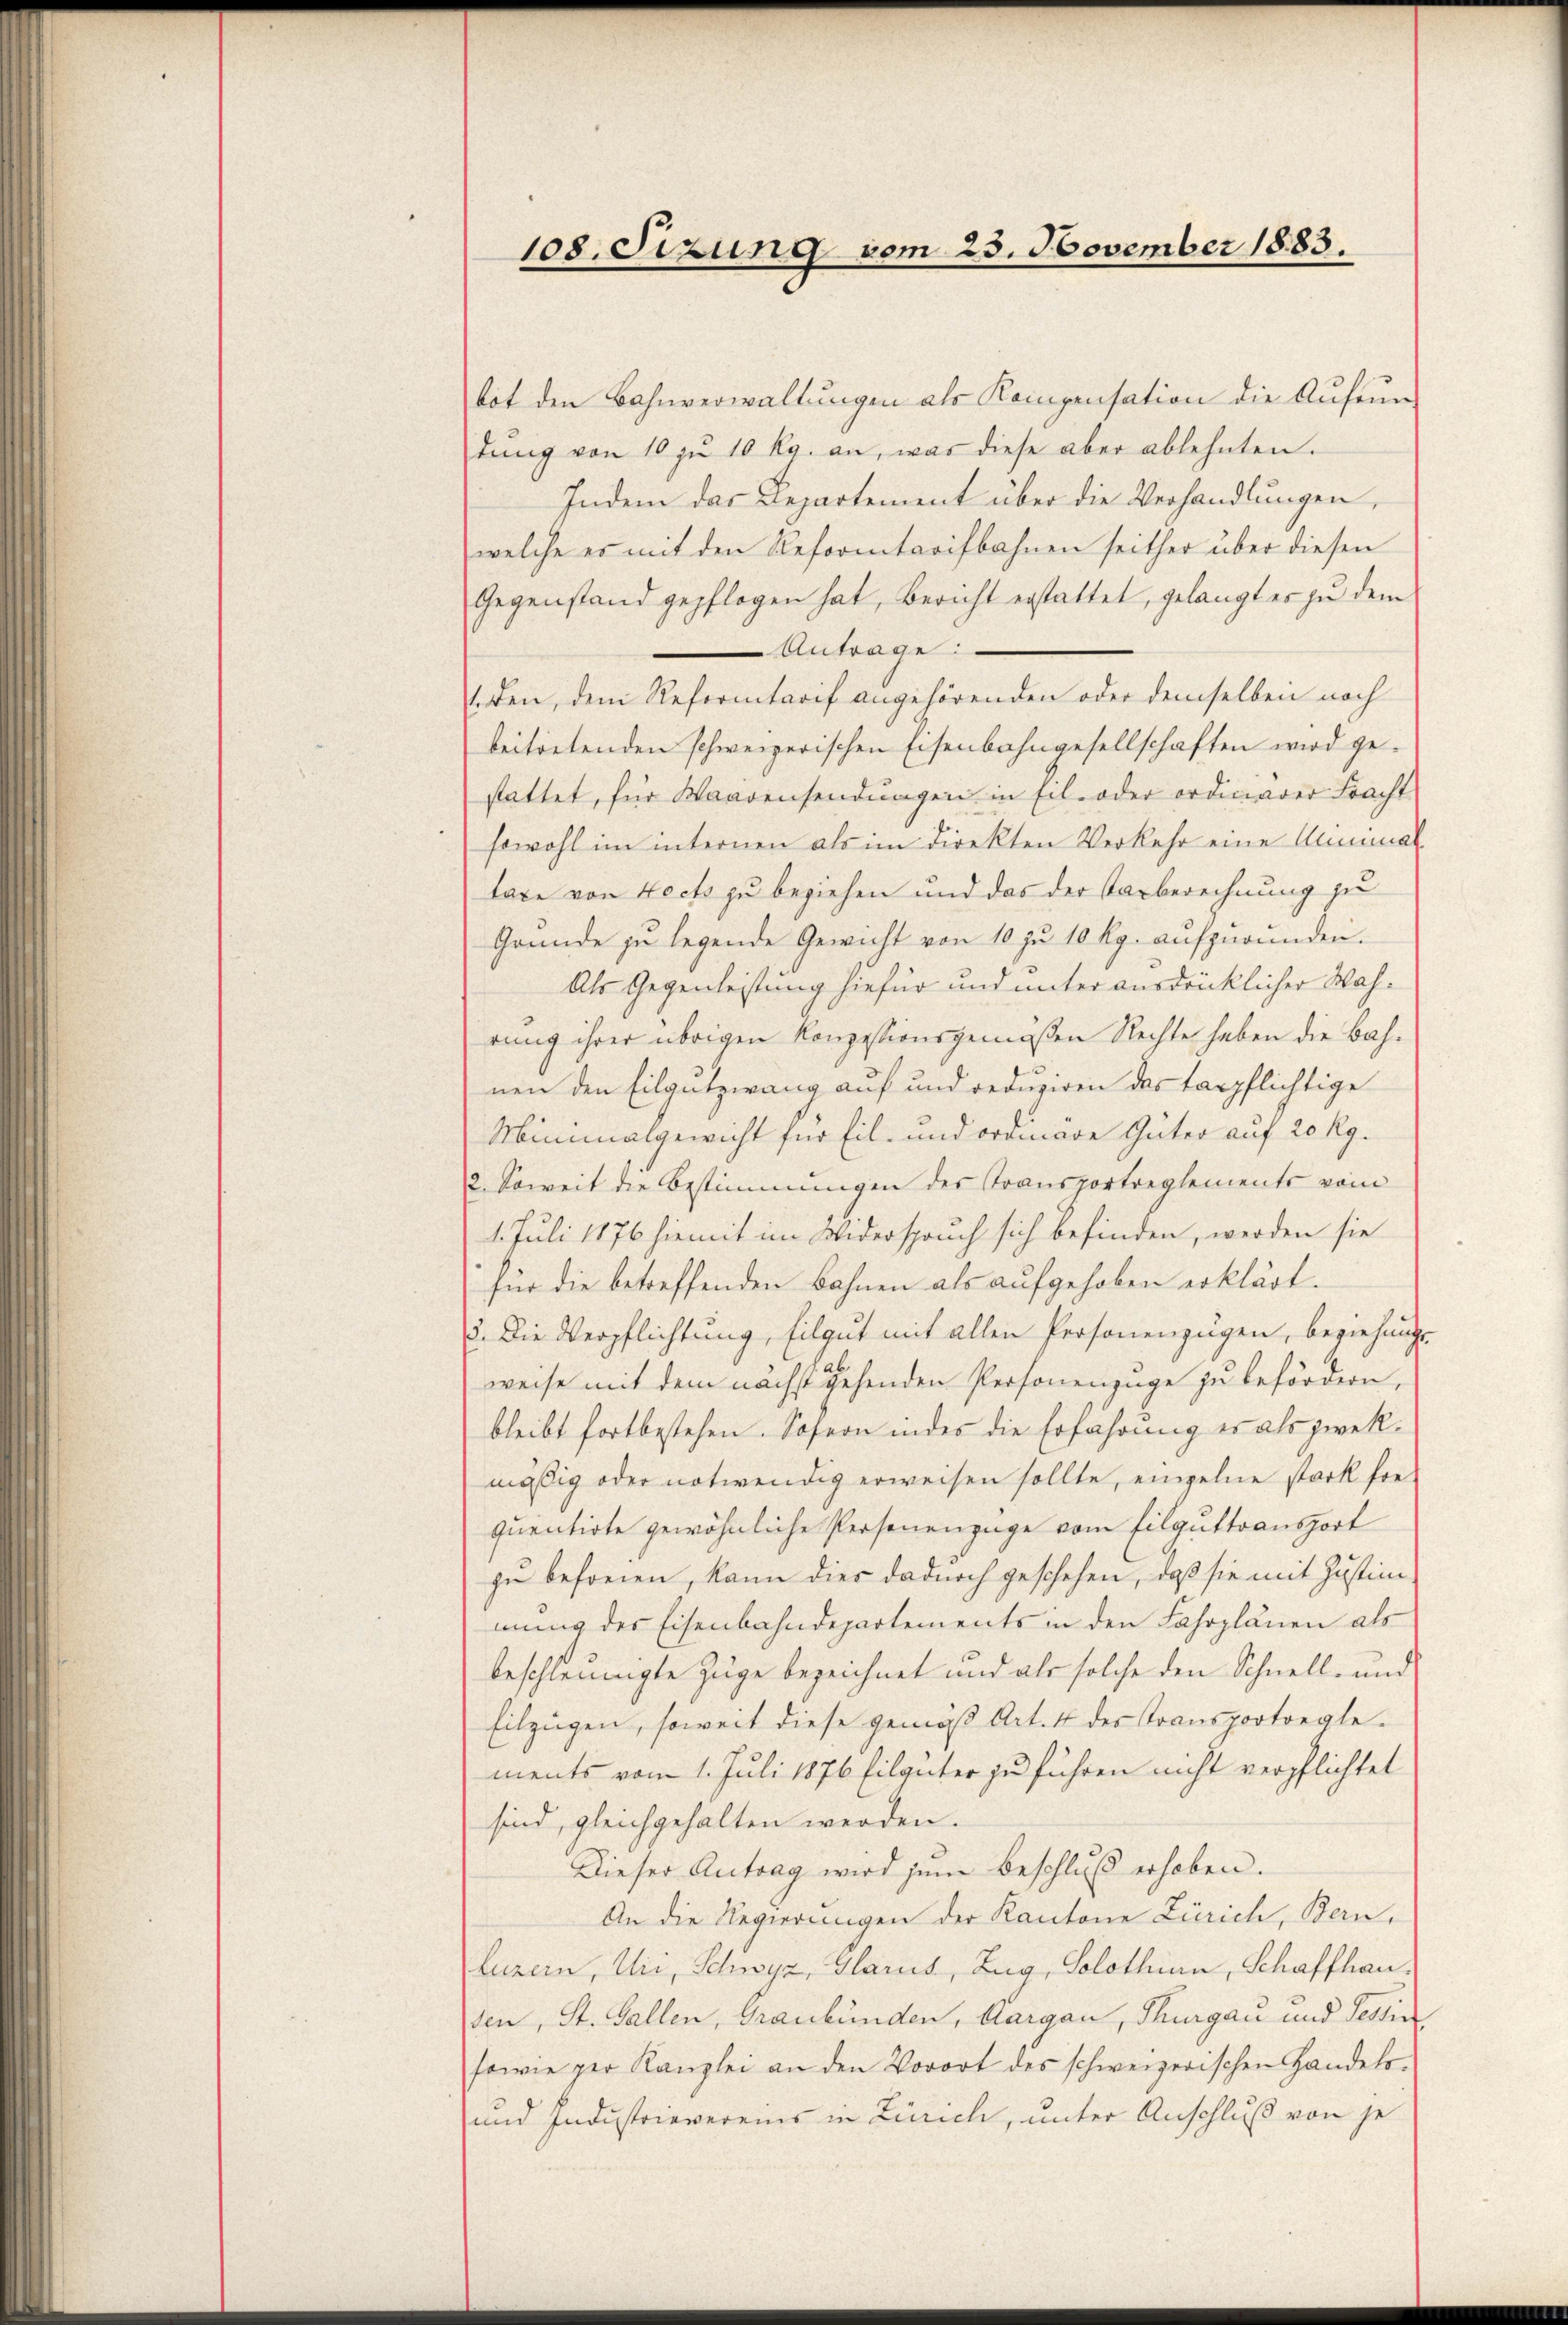
108. Sizung vom 25. November 1883.

bot den Bahnverwaltŭngen als Kompensation die Aufen
dŭng von 10 zŭ 10 kg. an, was diese aber ablehnten.
Indem das Departement über die Verhandlungen,
welche es mit den Reformtarifbahnen seither über diesen
Gegenstand gepflogen hat, Bericht erstattet, gelangt es zu dem
-Antrage:
tden, dem Reformtarif angehörenden oder demselben noch
beitretenden schweizerischen Eisenbahngesellschaften wird gestattet, für Waadensendungen in Eil- oder ordinarer Fracht
sowohl im internen als im direkten Verkehr eine Annimal-
taxe von Wechs zu beziehen und das der Vorberechnung zu
Gründe zŭ legende Gewicht von 10 zŭ 10 Rp. aŭfzŭründen.
Als Gegenleistung hiefür und unter ausdrücklicher Wahrung ihrer übrigen Konzessionsgemäßen Rechte haben die Bahnen den Eilgutzwang auf und reduziren das terpflichtige
Minimalgewicht für Eil- und ordiäre Güter auf 20 Rg.
2. Soweit die Bestimmungen des Transportreglements vom
1. Juli 1876 hiemit im Widerspruch sich befinden, werden sie
für die betreffenden Bahnen als aufgehoben erklärt.
5. Die Verpflichtung, filgut mit allen Personenzügen, beziehungs-
weise mit dem nächst gehenden Personenzüge zu befördern,
bleibt fortbestehen. Sofern indes die Erfahrung es als zwekmäßig oder notwendig erweisen sollte, einzelne stark frequentirte gewöhnliche Personenzüge vom Filguttransport
zu befreien, kann dies dadurch geschehen, daß sie mit Justimmung des Eisenbahndepartements in den Fahrplänen als
beschleunigte Züge bezeichnet und als solche den Schnell- und
Eilzügen, soweit diese gemäß Art. 4 des Transportreglements vom 1. Juli 1876 filgüter zu führen nicht verpflichtet
sind, gleichgehalten werden.
Dieser Antrag wird zŭm Beschlŭβ erhoben.
An die Regierungen der Kantone Zürich, Bern,
Luzern, Uri, Schwyz, Glarus, Zug, Solothurn, Schaffhau
sen, St. Gallen, Graubünden, Aargau, Thurgau und Tessin
sowie per Kanzlei an den Vorort des schweizerischen Handels-
und Industrievereins in Zürich, unter Anschluß von je